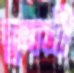
ঘুনসী